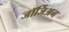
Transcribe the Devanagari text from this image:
जॉर्जिअन